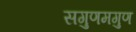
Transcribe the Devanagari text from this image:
सगुणमगुण